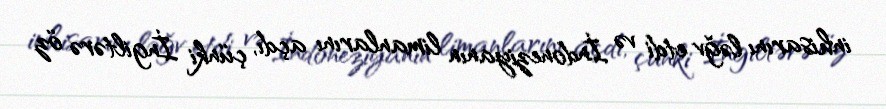
inhisarını ləğv etdi və İndoneziyanın limanlarını açdı, çünki İngiltərə öz